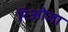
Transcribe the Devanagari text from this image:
रिओजा